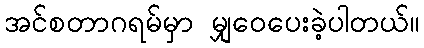
အင်စတာဂရမ်မှာ မျှဝေပေးခဲ့ပါတယ်။